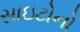
સાઇટોનો